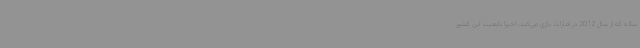
ساله که از سال 2012 در امارات بازی می‌کند، اخیراً تابعیت این کشور